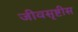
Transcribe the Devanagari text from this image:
जीवसृष्टीस